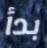
بدأ